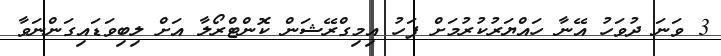
3 ވަނަ ދުވަހު އޭނާ ހައްޔަރުކުރުމަށް ފަހު އިމިގްރޭޝަން ކޮންޓްރޯލާ އަށް ލިބިވަޑައިގަންނަވާ